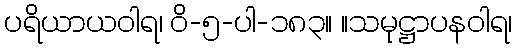
ပရိယာယဝါရ၊ ဝိ-၅-ပါ-၁၈၃။ ။သမုဋ္ဌာပနဝါရ၊